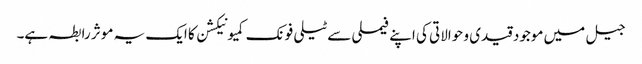
جیل میں موجود قیدی و حوالاتی کی اپنے فیملی سے ٹیلی فونک کمیونیکشن کا ایک یہ موثر رابطہ ہے۔